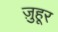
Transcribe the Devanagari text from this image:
ज़ुहूर